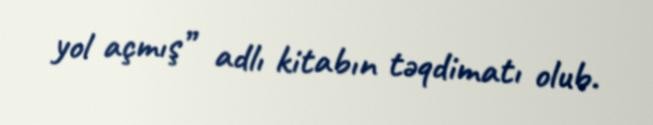
yol açmış” adlı kitabın təqdimatı olub.